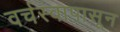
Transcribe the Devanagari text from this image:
वर्चस्वापासून